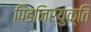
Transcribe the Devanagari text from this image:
पिंडनिर्युक्ति